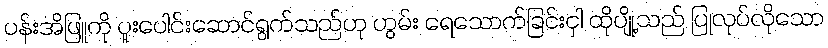
ပန်းအိဖြူကို ပူးပေါင်းဆောင်ရွက်သည်ဟု ဟွမ်း ရေသောက်ခြင်းငှါ ထိုပျို့သည် ပြုလုပ်လိုသော